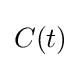
{\begin{aligned}C(t)\end{aligned}}